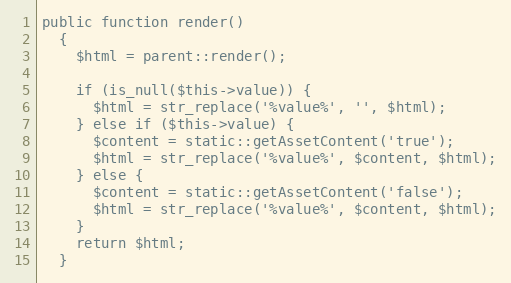
Language: PHP
public function render()
  {
    $html = parent::render();

    if (is_null($this->value)) {
      $html = str_replace('%value%', '', $html);
    } else if ($this->value) {
      $content = static::getAssetContent('true');
      $html = str_replace('%value%', $content, $html);
    } else {
      $content = static::getAssetContent('false');
      $html = str_replace('%value%', $content, $html);
    }
    return $html;
  }